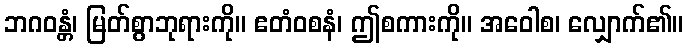
ဘဂဝန္တံ၊ မြတ်စွာဘုရားကို။ ဧတံဝစနံ၊ ဤစကားကို။ အဝေါစ၊ လျှောက်၏။